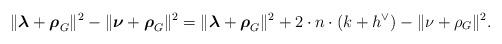
LaTeX: \begin{align*} \|\boldsymbol{\lambda} + \boldsymbol{\rho}_{G}\|^{2} - \|\boldsymbol{\nu} + \boldsymbol{\rho}_{G}\|^{2} = \|\boldsymbol{\lambda} + \boldsymbol{\rho}_{G}\|^{2} + 2 \cdot n \cdot (k+ h^\vee) - \|\nu + \rho_G\|^2.\end{align*}